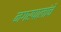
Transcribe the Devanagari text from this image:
नगरपालांचे